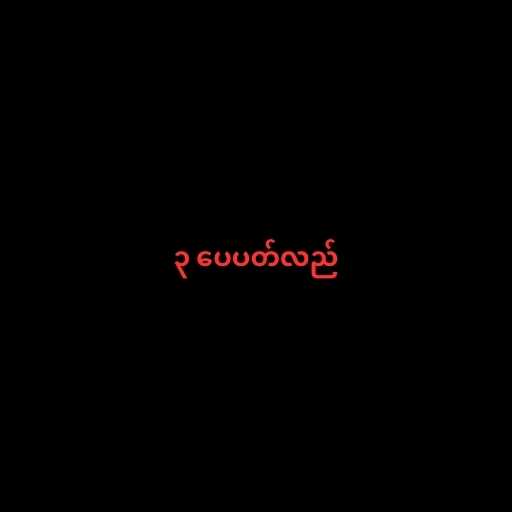
၃ ပေပတ်လည်